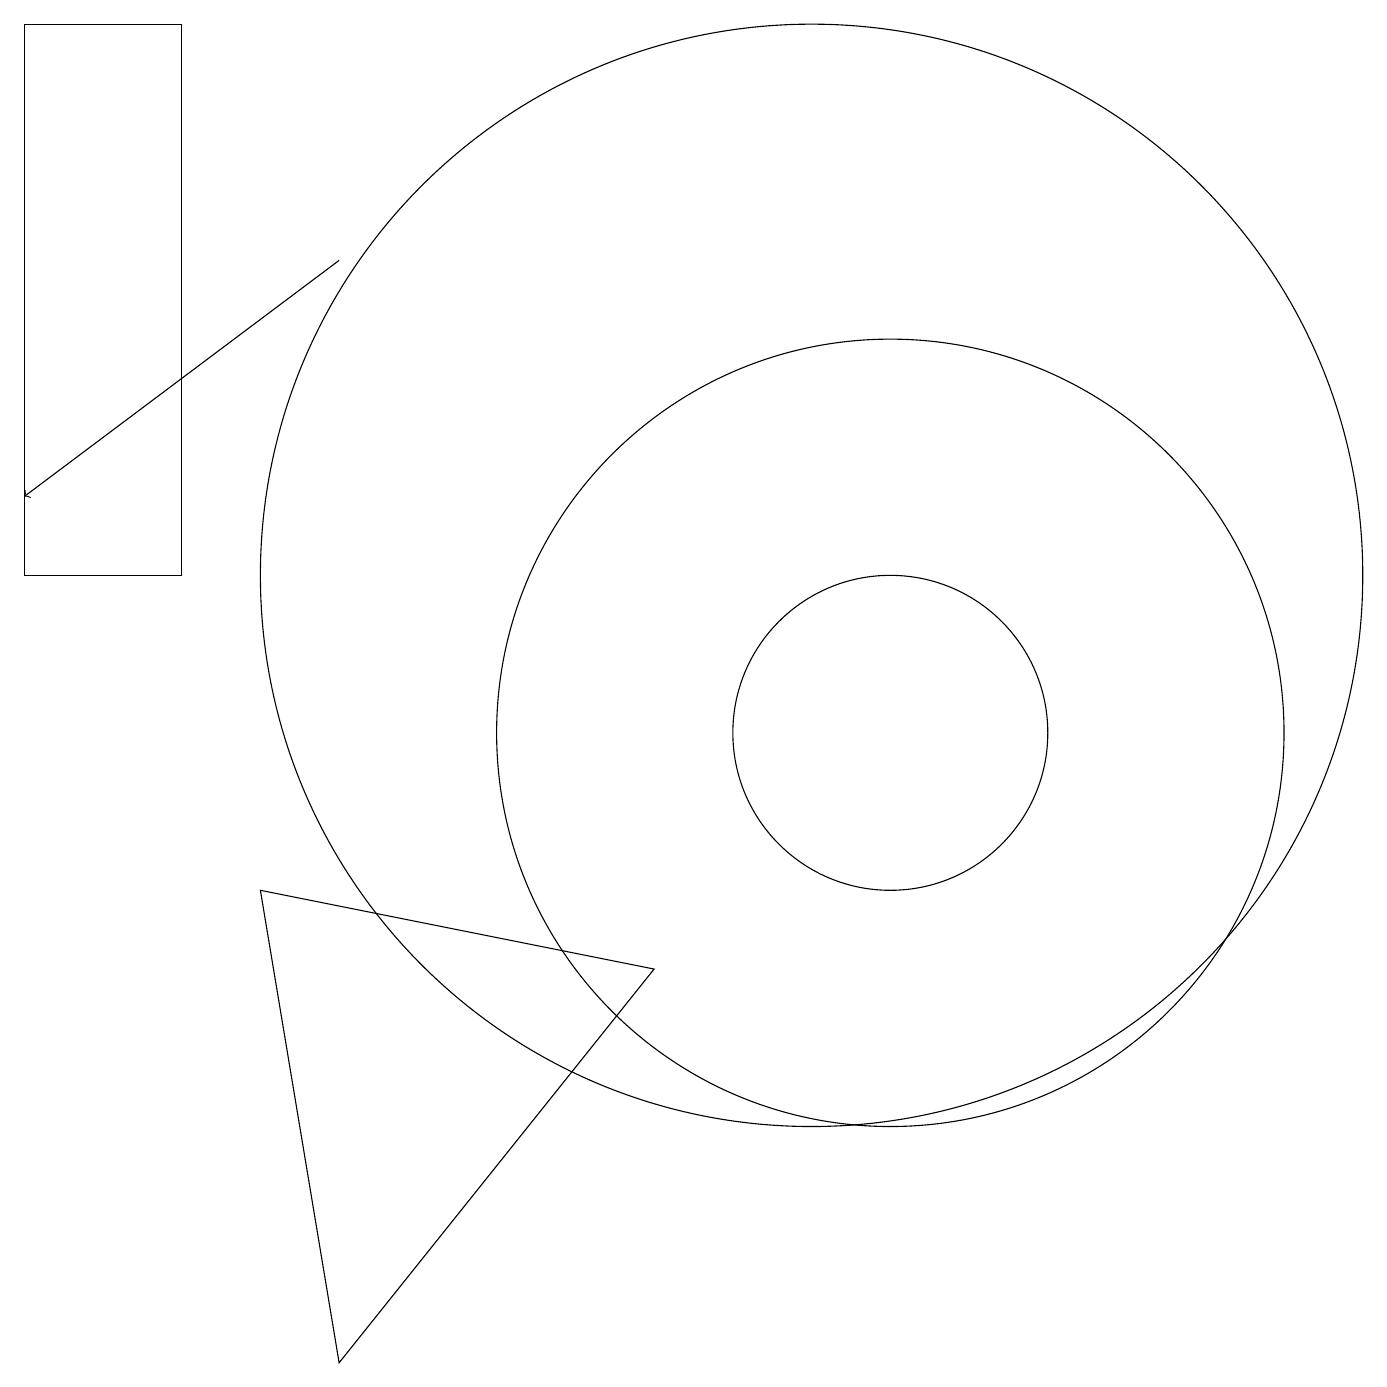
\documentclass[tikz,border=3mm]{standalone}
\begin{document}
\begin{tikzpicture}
\draw (4,2) -- (8,7) -- (3,8) -- cycle;
\draw (10,12) circle (7);
\draw (11,10) circle (2);
\draw[->] (4,16) -- (0,13);
\draw (2,12) rectangle (0,19);
\draw (11,10) circle (5);
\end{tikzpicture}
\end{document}